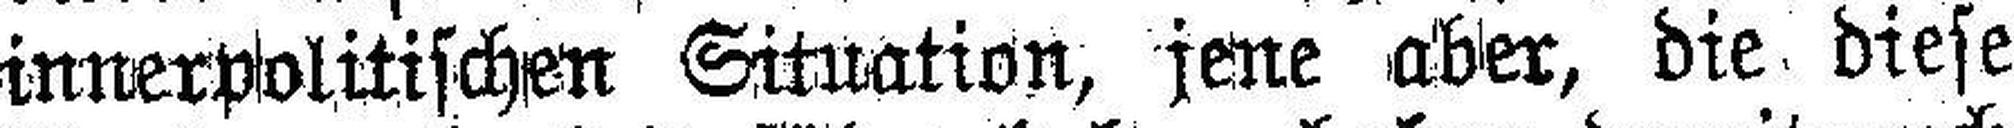
innerpolitischen Situation, jene aber, die diese